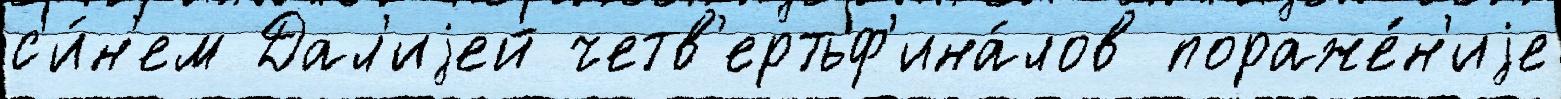
с'и́н'ем Дал'иjей четв'ертьф'ина́лов пораже́н'иjе